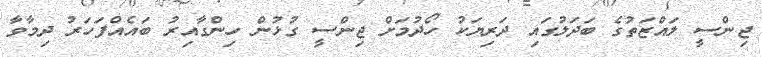
ޖިންސީ ލައްޒަތުގެ ބަދަލުގައި ދަރިޔަކު ހޯދުމަށް ޖިންސީ ގުޅުން ހިންގާއިރު ބައެއްފަހަރު ދިމާވާ